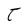
Character: T